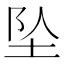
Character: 坠